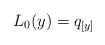
LaTeX: \begin{align*} L_0(y) = q_{[y]}\end{align*}